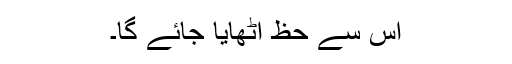
اس سے حظ اٹھایا جائے گا۔